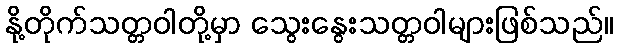
နို့တိုက်သတ္တဝါတို့မှာ သွေးနွေးသတ္တဝါများဖြစ်သည်။